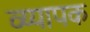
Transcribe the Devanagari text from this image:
व्य्यापक